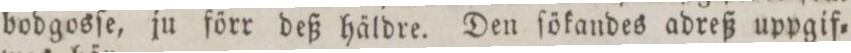
bodgosſe, ju förr deß häldre. Den ſökandes adreß uppgif=